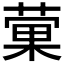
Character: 𫉂